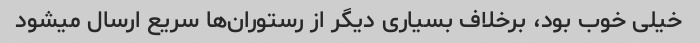
خیلی خوب بود، برخلاف بسیاری دیگر از رستوران‌ها سریع ارسال میشود